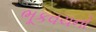
ભૂકવચનો